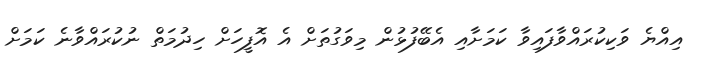
އިއްޔެ ވަކިކުރައްވާފައިވާ ކަމަށާއި އެބޭފުޅުން މިވަގުތަށް އެ އޮފީހަށް ހިދުމަތް ނުކުރައްވާނެ ކަމަށް